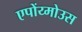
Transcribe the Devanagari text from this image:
एपोंय्मोउस